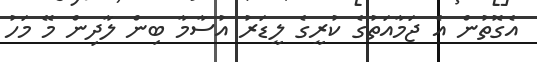
އެގޮތުން އެ ޖަމާއަތުގެ ކުރީގެ ލީޑަރު އުސާމާ ބިން ލާދިން މޭ މަހު